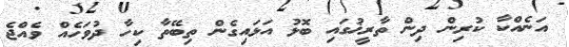
އަނެއްކާ ކުރިން ދިން ތާރީޚުގައި ބޮޅު އަޅައިގެން ތިބޭތާ ކިހާ ދުވަހެއް ވެއްޖެ